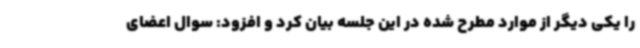
را یکی دیگر از موارد مطرح شده در این جلسه بیان کرد و افزود: سوال اعضای